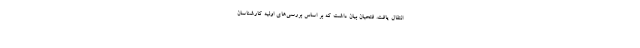
انتقال یافت. فتحیان بیان داشت که بر ‌اساس بررسی‌های اولیه کارشناسان